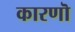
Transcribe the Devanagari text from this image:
कारणॊ